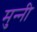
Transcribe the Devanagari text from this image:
मुन्‍नी